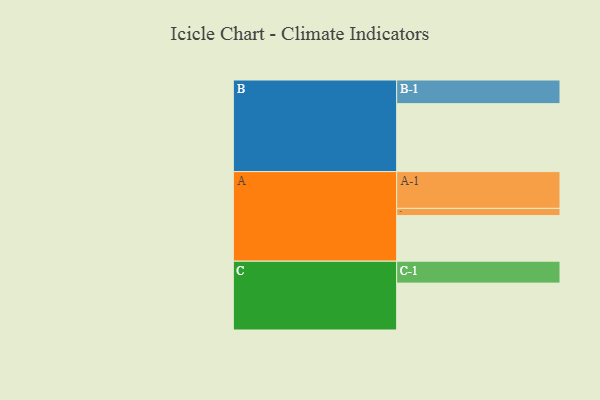
{"axis": {"x": "Segment", "y": "Value"}, "legend": ["", "A", "B", "C"], "data": [{"x": "A", "y": 316, "type": ""}, {"x": "B", "y": 471, "type": ""}, {"x": "C", "y": 325, "type": ""}, {"x": "A-1", "y": 255, "type": "A"}, {"x": "A-2", "y": 50, "type": "A"}, {"x": "B-1", "y": 164, "type": "B"}, {"x": "C-1", "y": 152, "type": "C"}]}